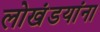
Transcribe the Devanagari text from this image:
लोखंडयांना